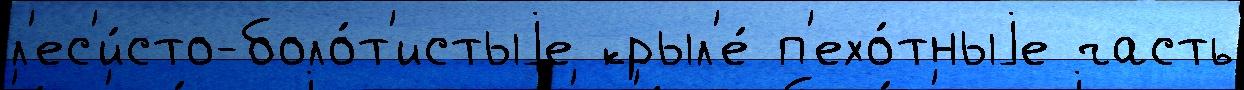
л'ес'и́сто-боло́т'истыjе крыл'е́ п'ехо́тныjе часть